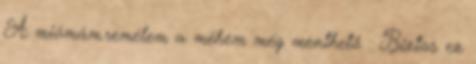
A miómám.remélem a méhem még menthető : Biztos ez